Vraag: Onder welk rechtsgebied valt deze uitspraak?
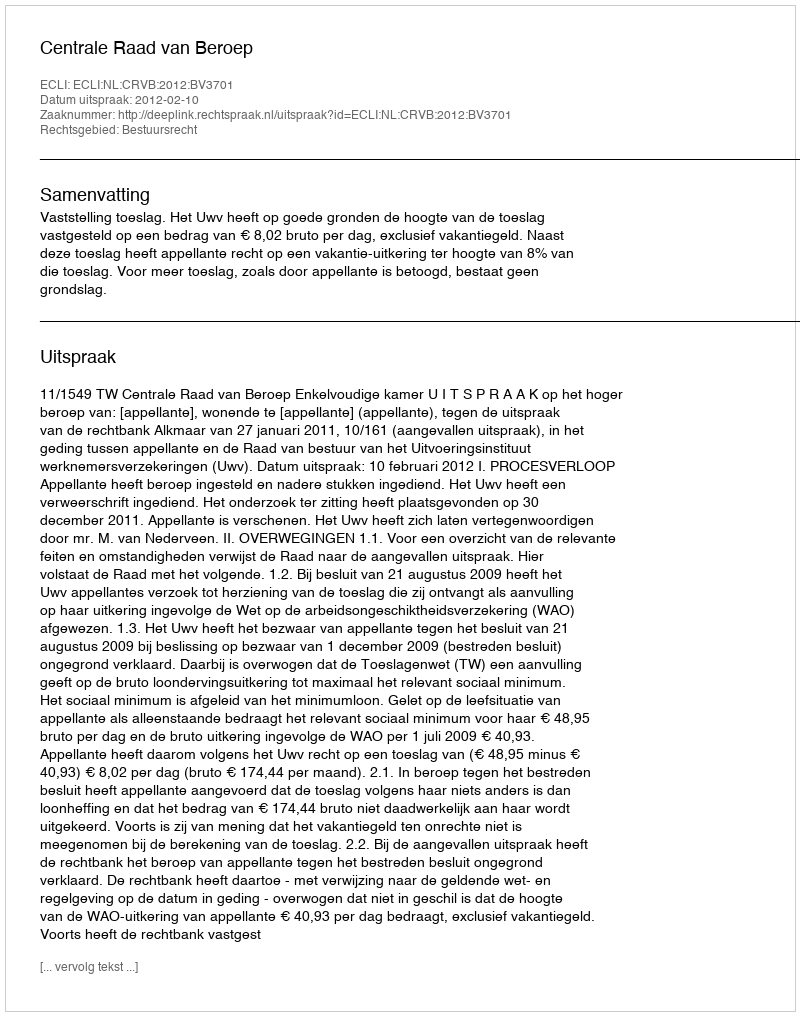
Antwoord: Bestuursrecht